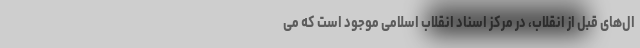
ال‌های قبل از انقلاب، در مرکز اسناد انقلاب اسلامی موجود است که می